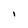
Character: I